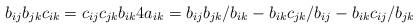
LaTeX: \begin{gather*}b_{ij} b_{jk} c_{ik}=c_{ij} c_{jk} b_{ik} 4 a_{ik}=b_{ij} b_{jk}/b_{ik}-b_{ik} c_{jk}/b_{ij}-b_{ik} c_{ij}/b_{jk}\end{gather*}